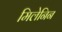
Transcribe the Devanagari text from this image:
मिलेनिन